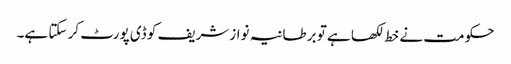
حکومت نے خط لکھا ہے تو برطانیہ نوازشریف کو ڈی پورٹ کر سکتا ہے۔